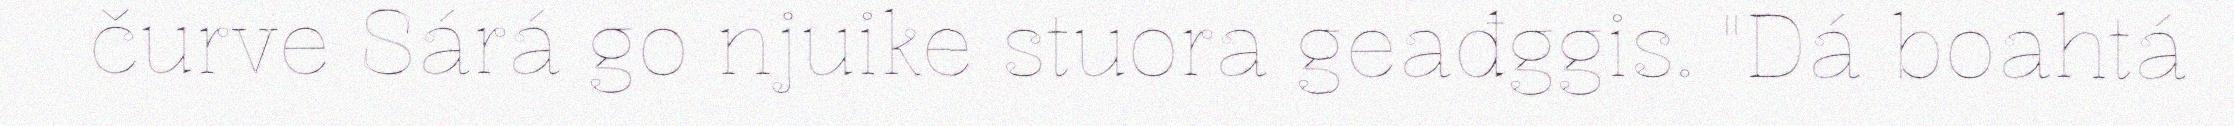
čurve Sárá go njuike stuora geađggis. "Dá boahtá